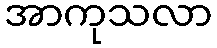
အာကုသလာ